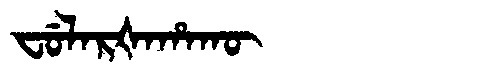
Manchu: ᠸᡠᠯᠠᡵᡧᠠᡥᠠᡴᡡ
Romanization: FULARŠAHAKŪ